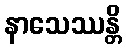
နာသေဿန္တိ